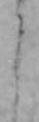
う